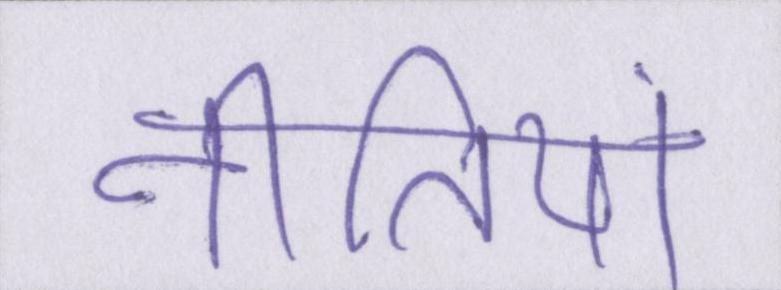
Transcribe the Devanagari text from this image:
नीतियां